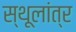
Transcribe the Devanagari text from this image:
स्‍थूलांत्र